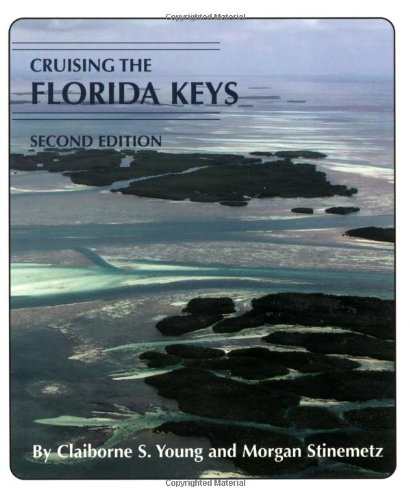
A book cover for Cruising the Florida Keys; Morgan Stinemetz; Sports & Outdoors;